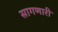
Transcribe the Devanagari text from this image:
सागणारी